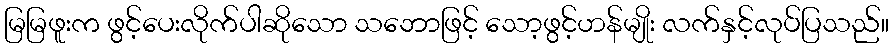
မြမြဖူးက ဖွင့်ပေးလိုက်ပါဆိုသော သဘောဖြင့် သော့ဖွင့်ဟန်မျိုး လက်နှင့်လုပ်ပြသည်။